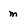
Character: m